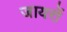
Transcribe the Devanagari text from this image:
जायरों